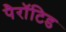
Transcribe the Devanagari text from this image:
पैरॉटिड